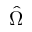
\hat { \Omega }